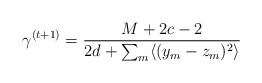
\begin{align*}\gamma^{(t+1)}=\frac{M+2c-2}{2d+\sum_{m}\langle(y_m-z_m)^2\rangle}\end{align*}